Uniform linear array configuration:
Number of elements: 8
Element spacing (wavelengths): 0.75
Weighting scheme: hamming
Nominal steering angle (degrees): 15
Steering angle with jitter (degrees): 16.662
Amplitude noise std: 0.05
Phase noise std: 0.05

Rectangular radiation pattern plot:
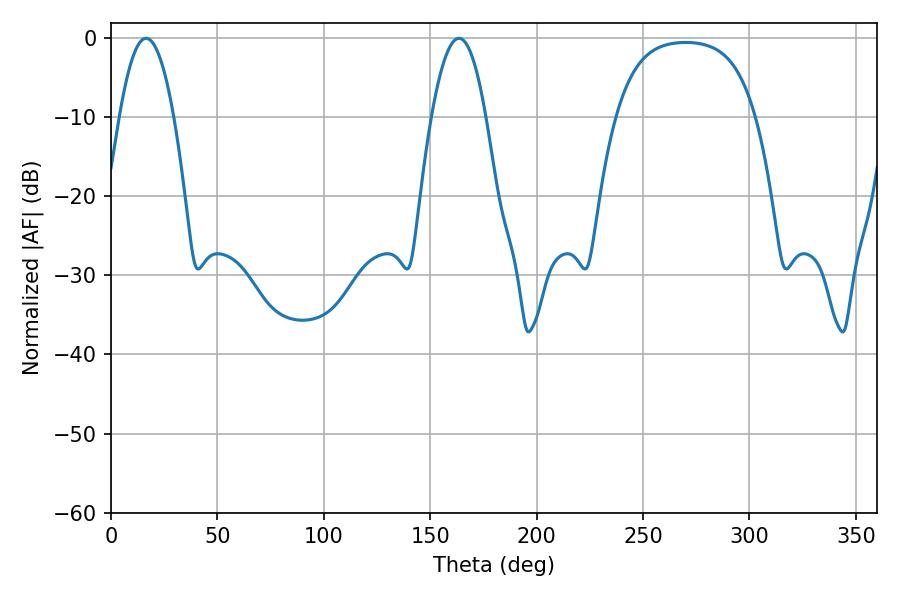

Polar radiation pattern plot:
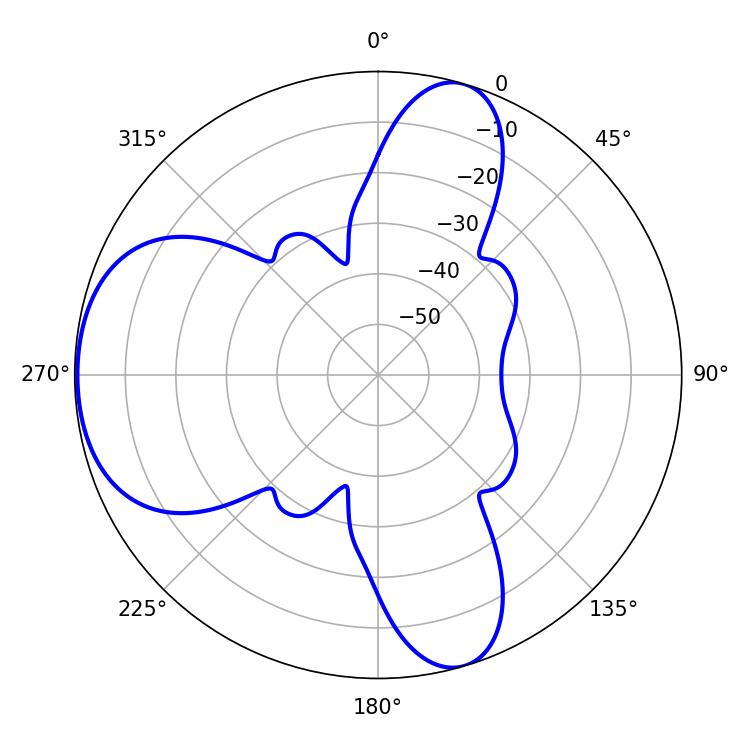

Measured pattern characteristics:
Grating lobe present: TRUE
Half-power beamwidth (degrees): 14.04
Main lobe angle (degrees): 16.56